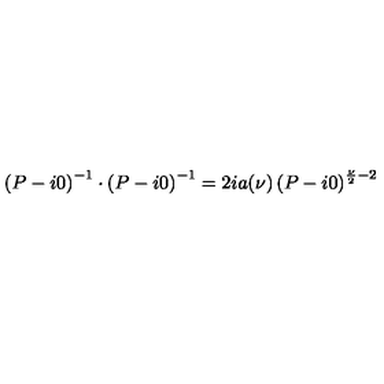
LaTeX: \left( P - i 0 \right) ^ { - 1 } \cdot \left( P - i 0 \right) ^ { - 1 } = 2 i a ( \nu ) \left( P - i 0 \right) ^ { \frac { \nu } { 2 } - 2 }